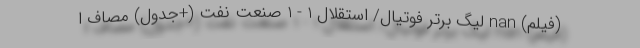
(فیلم) nan لیگ برتر فوتیال/ استقلال 1 - 1 صنعت نفت (+جدول) مصاف ا